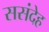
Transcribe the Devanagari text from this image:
ससंदेह